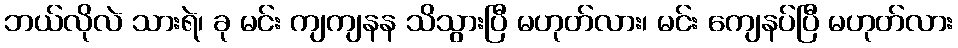
ဘယ်လိုလဲ သားရဲ၊ ခု မင်း ကျကျနန သိသွားပြီ မဟုတ်လား၊ မင်း ကျေနပ်ပြီ မဟုတ်လား